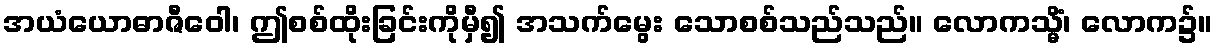
အယံယောဓာဇီဝေါ၊ ဤစစ်ထိုးခြင်းကိုမှီ၍ အသက်မွေး သောစစ်သည်သည်။ လောကသ္မိံ၊ လောက၌။